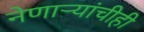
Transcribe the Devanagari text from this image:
नेणाऱ्यांचीही